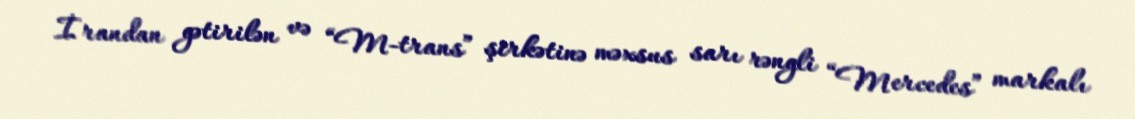
İrandan gətirilən və “M-trans” şirkətinə məxsus sarı rəngli “Mercedes” markalı